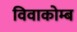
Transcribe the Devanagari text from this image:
विवाकोम्ब